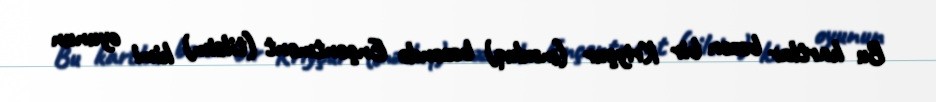
Bu kartlar bəzən bir Kriyçur (məxluq) bəzəndə Ençentment (tilsim) kimi oyunun